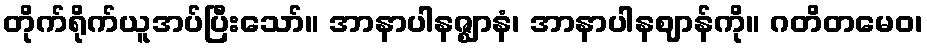
တိုက်ရိုက်ယူအပ်ပြီးသော်။ အာနာပါနဇ္ဈာနံ၊ အာနာပါနဈာန်ကို။ ဂတိတမေဝ၊